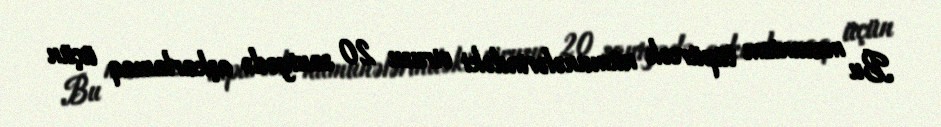
Bu mexanizm tüpürcək nümunələrindəki virusu 20 saniyədə aşkarlamaq üçün